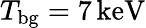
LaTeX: T_{\mathrm{bg}}=7\, \mathrm{keV}